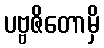
ပဗ္ဗဇိတောမှိ